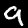
Digit: 9